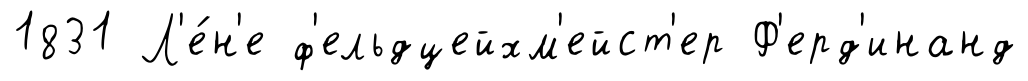
1831 Л'е́н'е ф'ельдцейхм'ейст'ер Ф'ерд'инанд